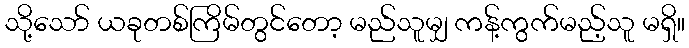
သို့သော် ယခုတစ်ကြိမ်တွင်တော့ မည်သူမျှ ကန့်ကွက်မည့်သူ မရှိ။